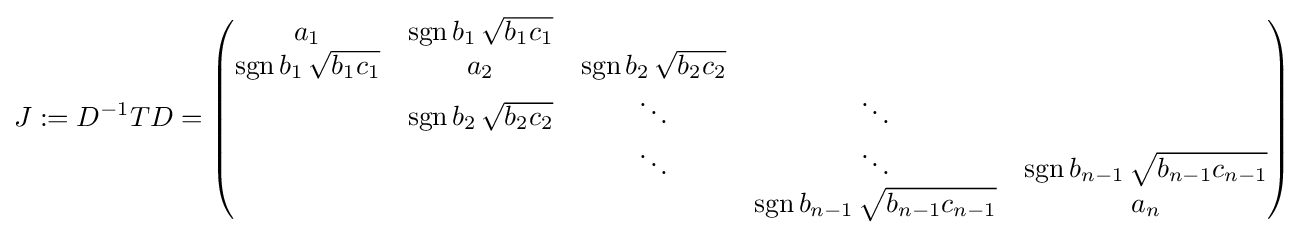
J:=D^{-1}TD={\begin{pmatrix}a_{1}&\operatorname {sgn} b_{1}\,{\sqrt {b_{1}c_{1}}}\\\operatorname {sgn} b_{1}\,{\sqrt {b_{1}c_{1}}}&a_{2}&\operatorname {sgn} b_{2}\,{\sqrt {b_{2}c_{2}}}\\&\operatorname {sgn} b_{2}\,{\sqrt {b_{2}c_{2}}}&\ddots &\ddots \\&&\ddots &\ddots &\operatorname {sgn} b_{n-1}\,{\sqrt {b_{n-1}c_{n-1}}}\\&&&\operatorname {sgn} b_{n-1}\,{\sqrt {b_{n-1}c_{n-1}}}&a_{n}\end{pmatrix}}